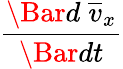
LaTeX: \frac{\Bar{d}\; \overline{{v}}_{x}}{\Bar{dt}}